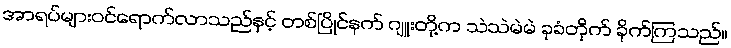
အာရပ်များဝင်ရောက်လာသည်နှင့် တစ်ပြိုင်နက် ဂျူးတို့က သဲသဲမဲမဲ ခုခံတိုက် ခိုက်ကြသည်။